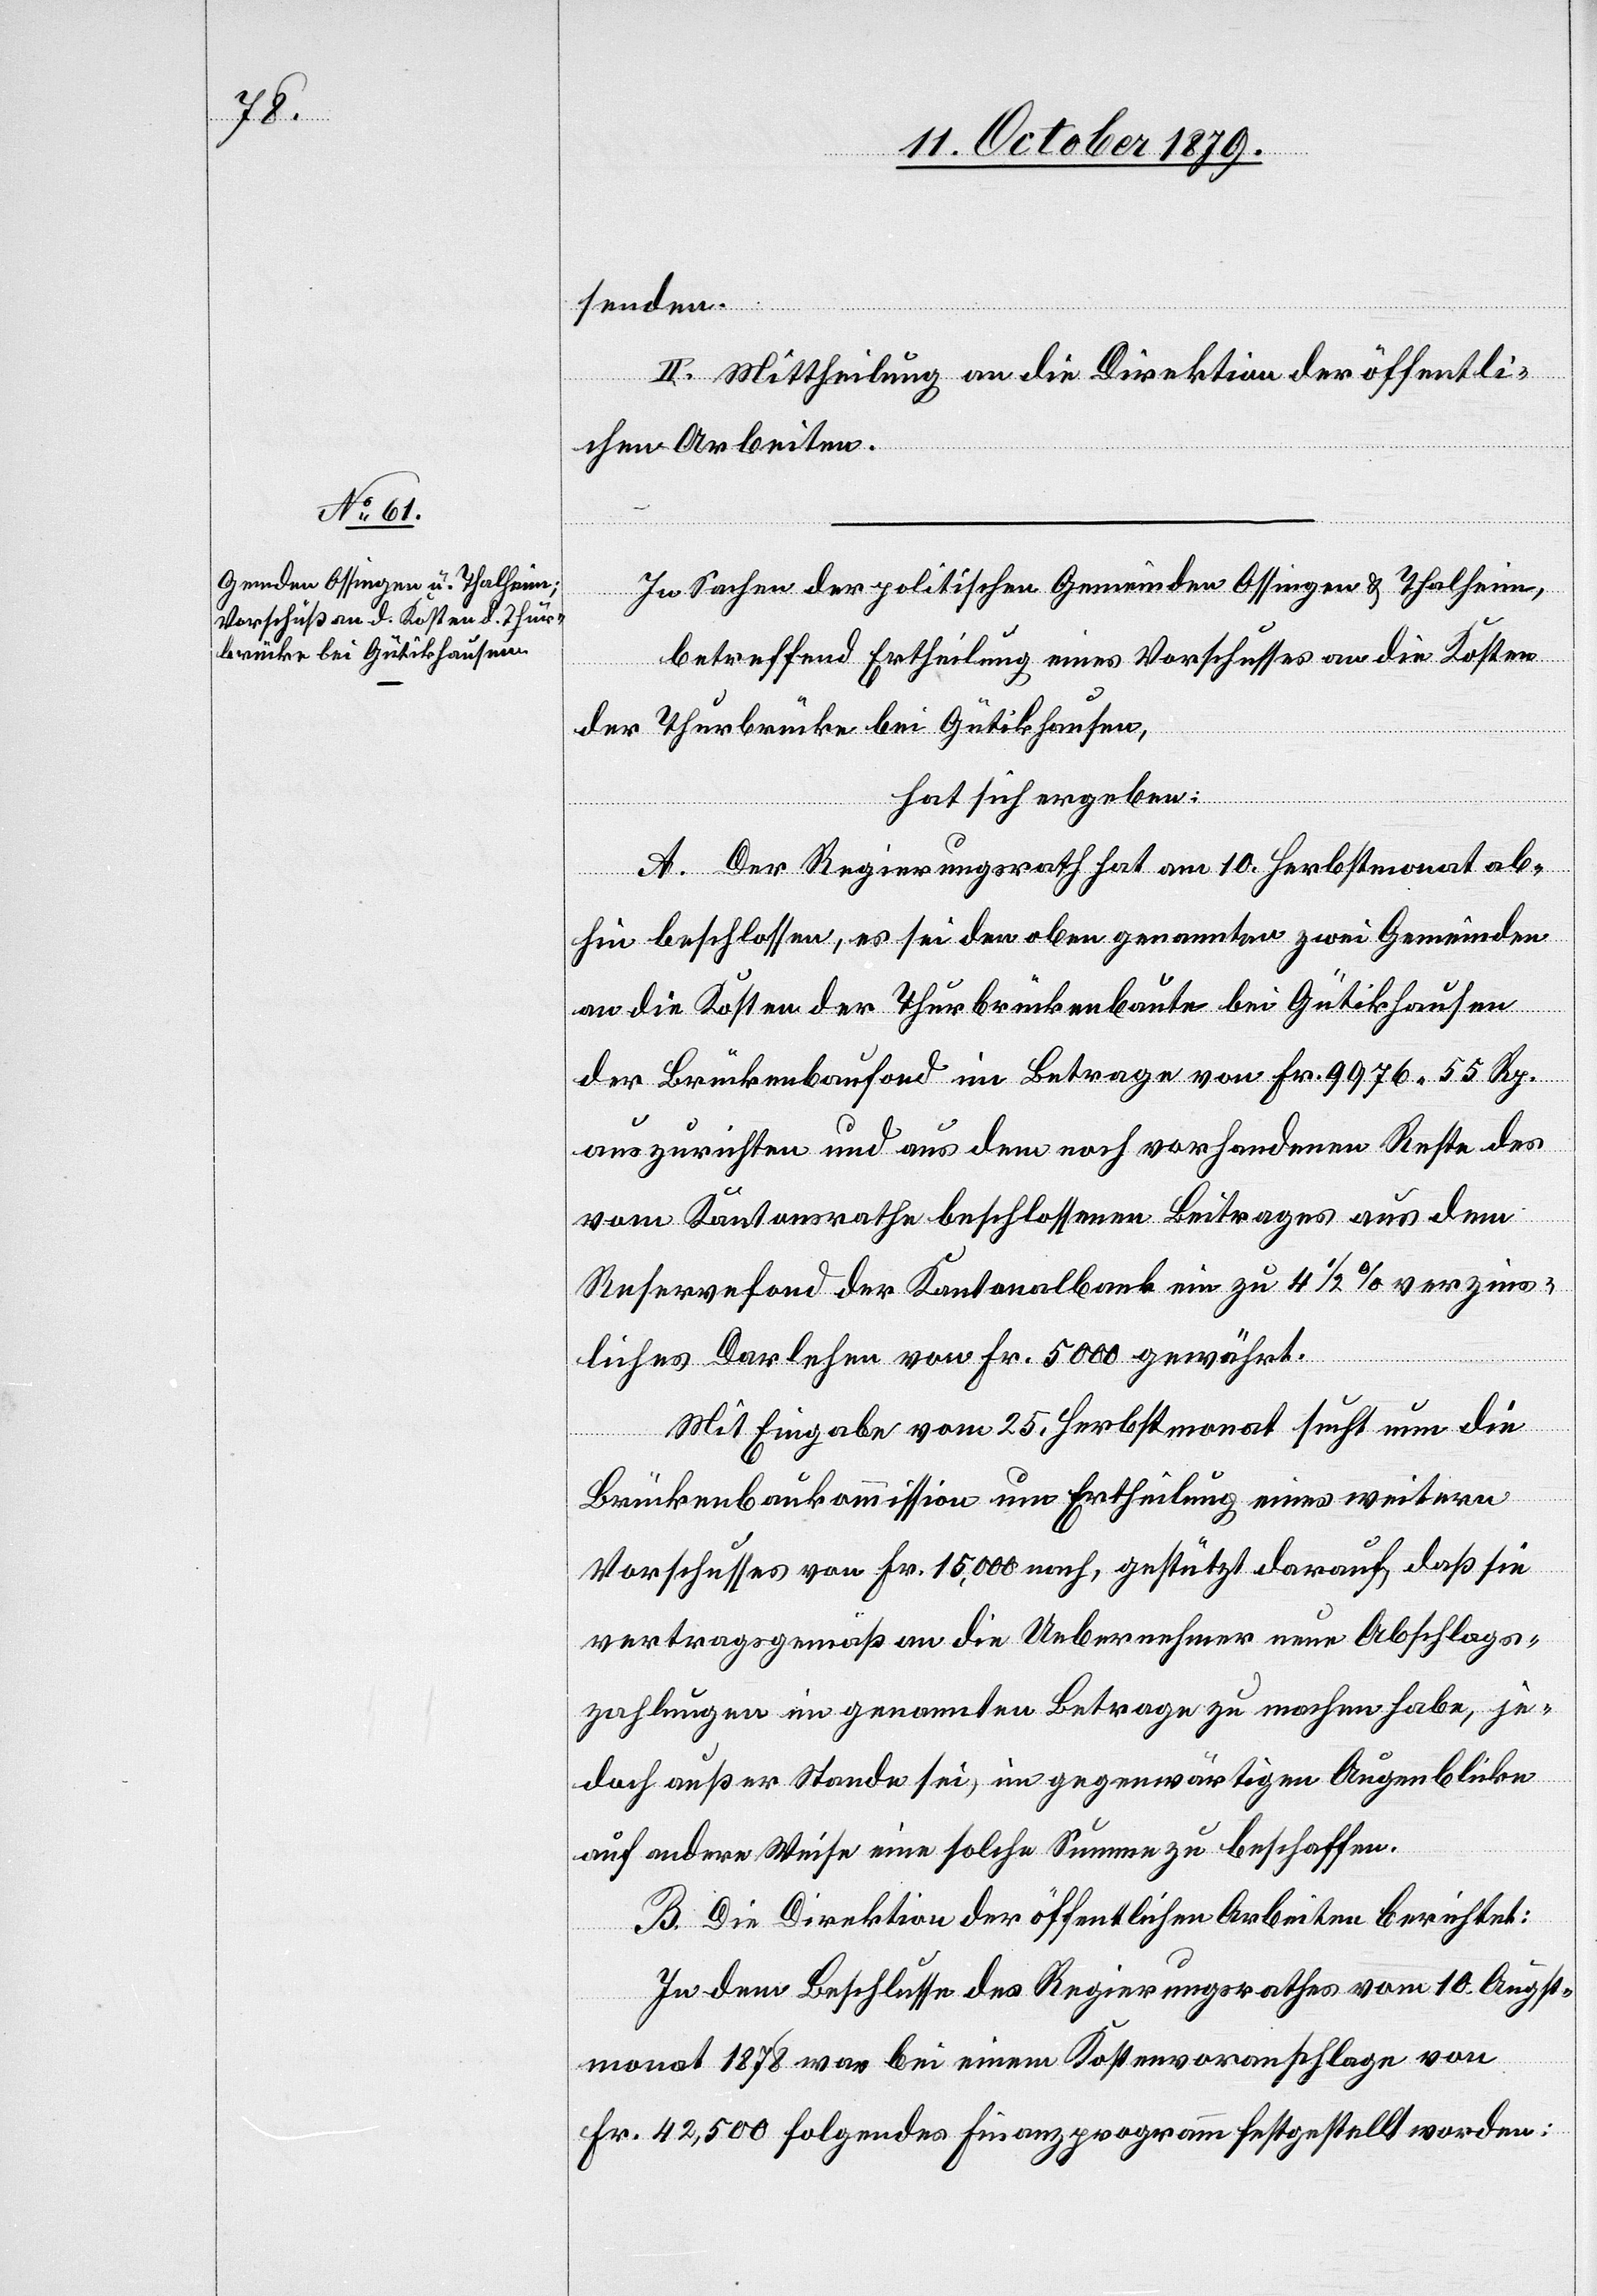
senden.
II. Mittheilung an die Direktion der öffentli¬
chen Arbeiten.
In Sachen der politischen Gemeinden Ossingen & Thalheim,
betreffend Ertheilung eines Vorschusses an die Kosten
der Thurbrücke bei Gütikhausen,
hat sich ergeben:
A. Der Regierungsrath hat am 10. Herbstmonat ab¬
hin beschlossen, es sei den oben genannten zwei Gemeinden
an die Kosten der Thurbrückenbaute bei Gütikhausen
der Brückenbaufond im Betrage von Fr. 9976 55 Rp.
auszurichten und aus dem noch vorhandenen Reste des
vom Kantonsrathe beschlossenen Beitrages aus dem
Reservefond der Kantonalbank ein zu 4 1/2 % verzins¬
liches Darlehen von Fr. 5000 gewährt.
Mit Eingabe vom 25. Herbstmonat sucht nun die
Brückenbaukommission um Ertheilung eines weitern
Vorschusses von Fr. 15,000 nach, gestützt darauf, daß sie
vertragsgemäß an die Uebernehmer neue Abschlags¬
zahlungen im genannten Betrage zu machen habe, je¬
doch außer Stande sei, im gegenwärtigen Augenblicke
auf andere Weise eine solche Summe zu beschaffen.
B. Die Direktion der öffentlichen Arbeiten berichtet:
In dem Beschlusse des Regierungsrathes vom 10. Augst¬
monat 1878 war bei einem Kostenvoranschlage von
Fr. 42, 500 folgendes Finanzprogramm festgestellt worden: